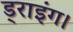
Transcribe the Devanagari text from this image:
ड्राइंग।